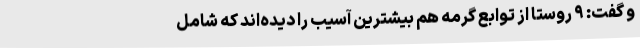
و گفت: ۹ روستا از توابع گرمه هم بیشترین آسیب را دیده‌اند که شامل